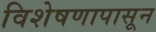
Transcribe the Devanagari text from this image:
विशेषणापासून